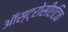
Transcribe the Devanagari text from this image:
ऑस्ट्रोसीएटिक